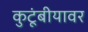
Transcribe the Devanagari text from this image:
कुटूंबीयावर